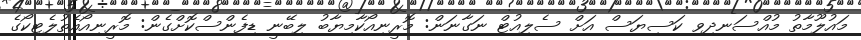
މައުލޫމާތު މުއްސަނދިވި ކަސިޔަސް އަށް ސެލިއުޓް ނަގާނަން: މޮރީނިއޯކާމިޔާބު ލިބޭނީ ޑިފެންސްކޮށްގެން: މޮރީނިއޯއެތުލެޓިކޯގެ